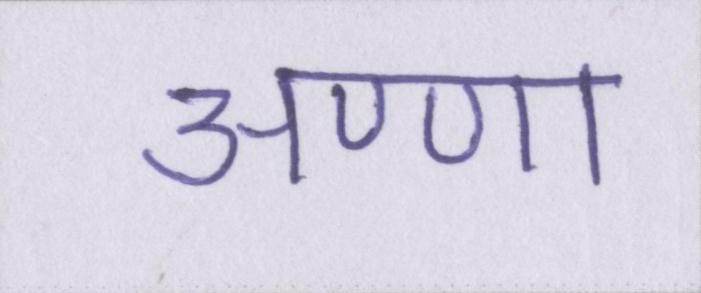
अण्णा